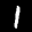
Label: 1